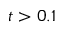
t > 0 . 1